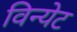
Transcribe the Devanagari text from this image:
विन्येट